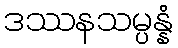
ဒဿနသမ္ပန္နံ